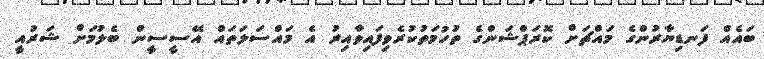
ބައެއް ފަނޑިޔާރުންގެ މައްޗަށް ކޮރަޕްޝަންގެ ތުހުމަތުކުރެވިފައިވާއިރު އެ މައްސަލަތައް އޭސީސީން ބެލުމަށް ޝަރުއީ